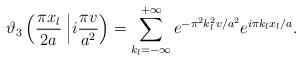
LaTeX: \begin{align*}\vartheta_{3}\left( \dfrac{\pi x_{l}}{2a}\right. \left| i\dfrac{\pi v}{a^{2}}\right)=\sum_{k_{l}=-\infty}^{+\infty}e^{-\pi^{2}k_{l}^{2}v/a^{2}}e^{i \pi k_{l} x_{l}/a}.\end{align*}